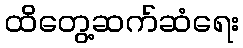
ထိတွေ့ဆက်ဆံရေး